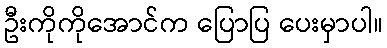
ဦးကိုကိုအောင်က ပြောပြ ပေးမှာပါ။